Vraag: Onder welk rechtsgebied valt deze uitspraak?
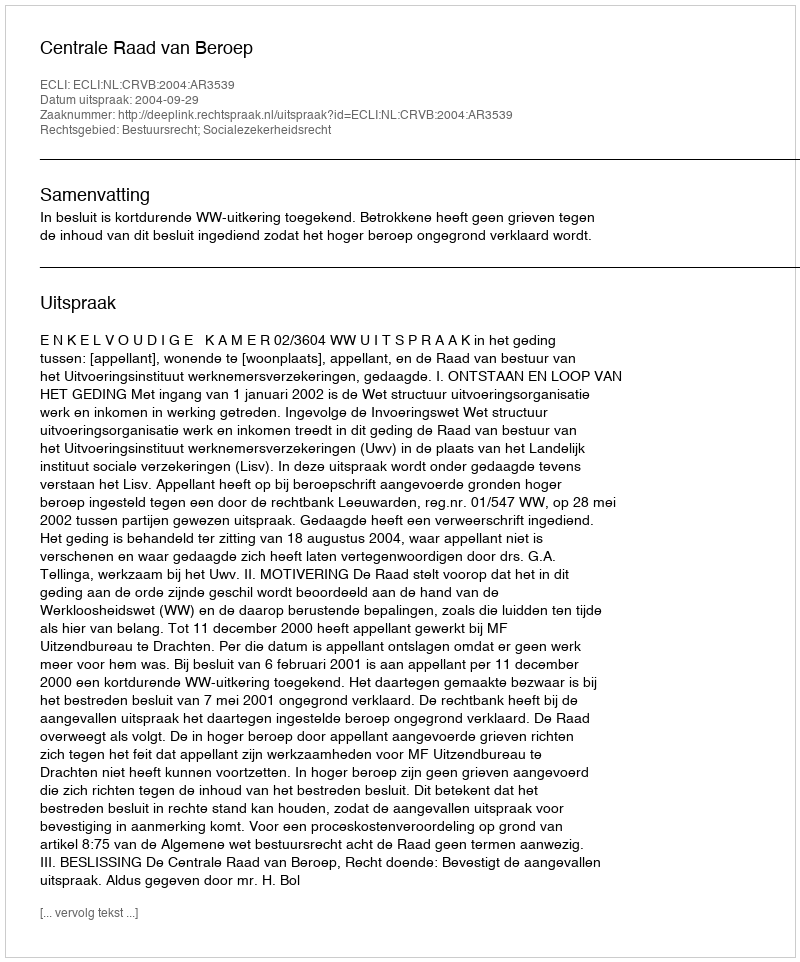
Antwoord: Bestuursrecht; Socialezekerheidsrecht